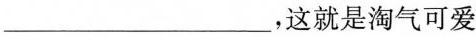
___这就是淘气可爱